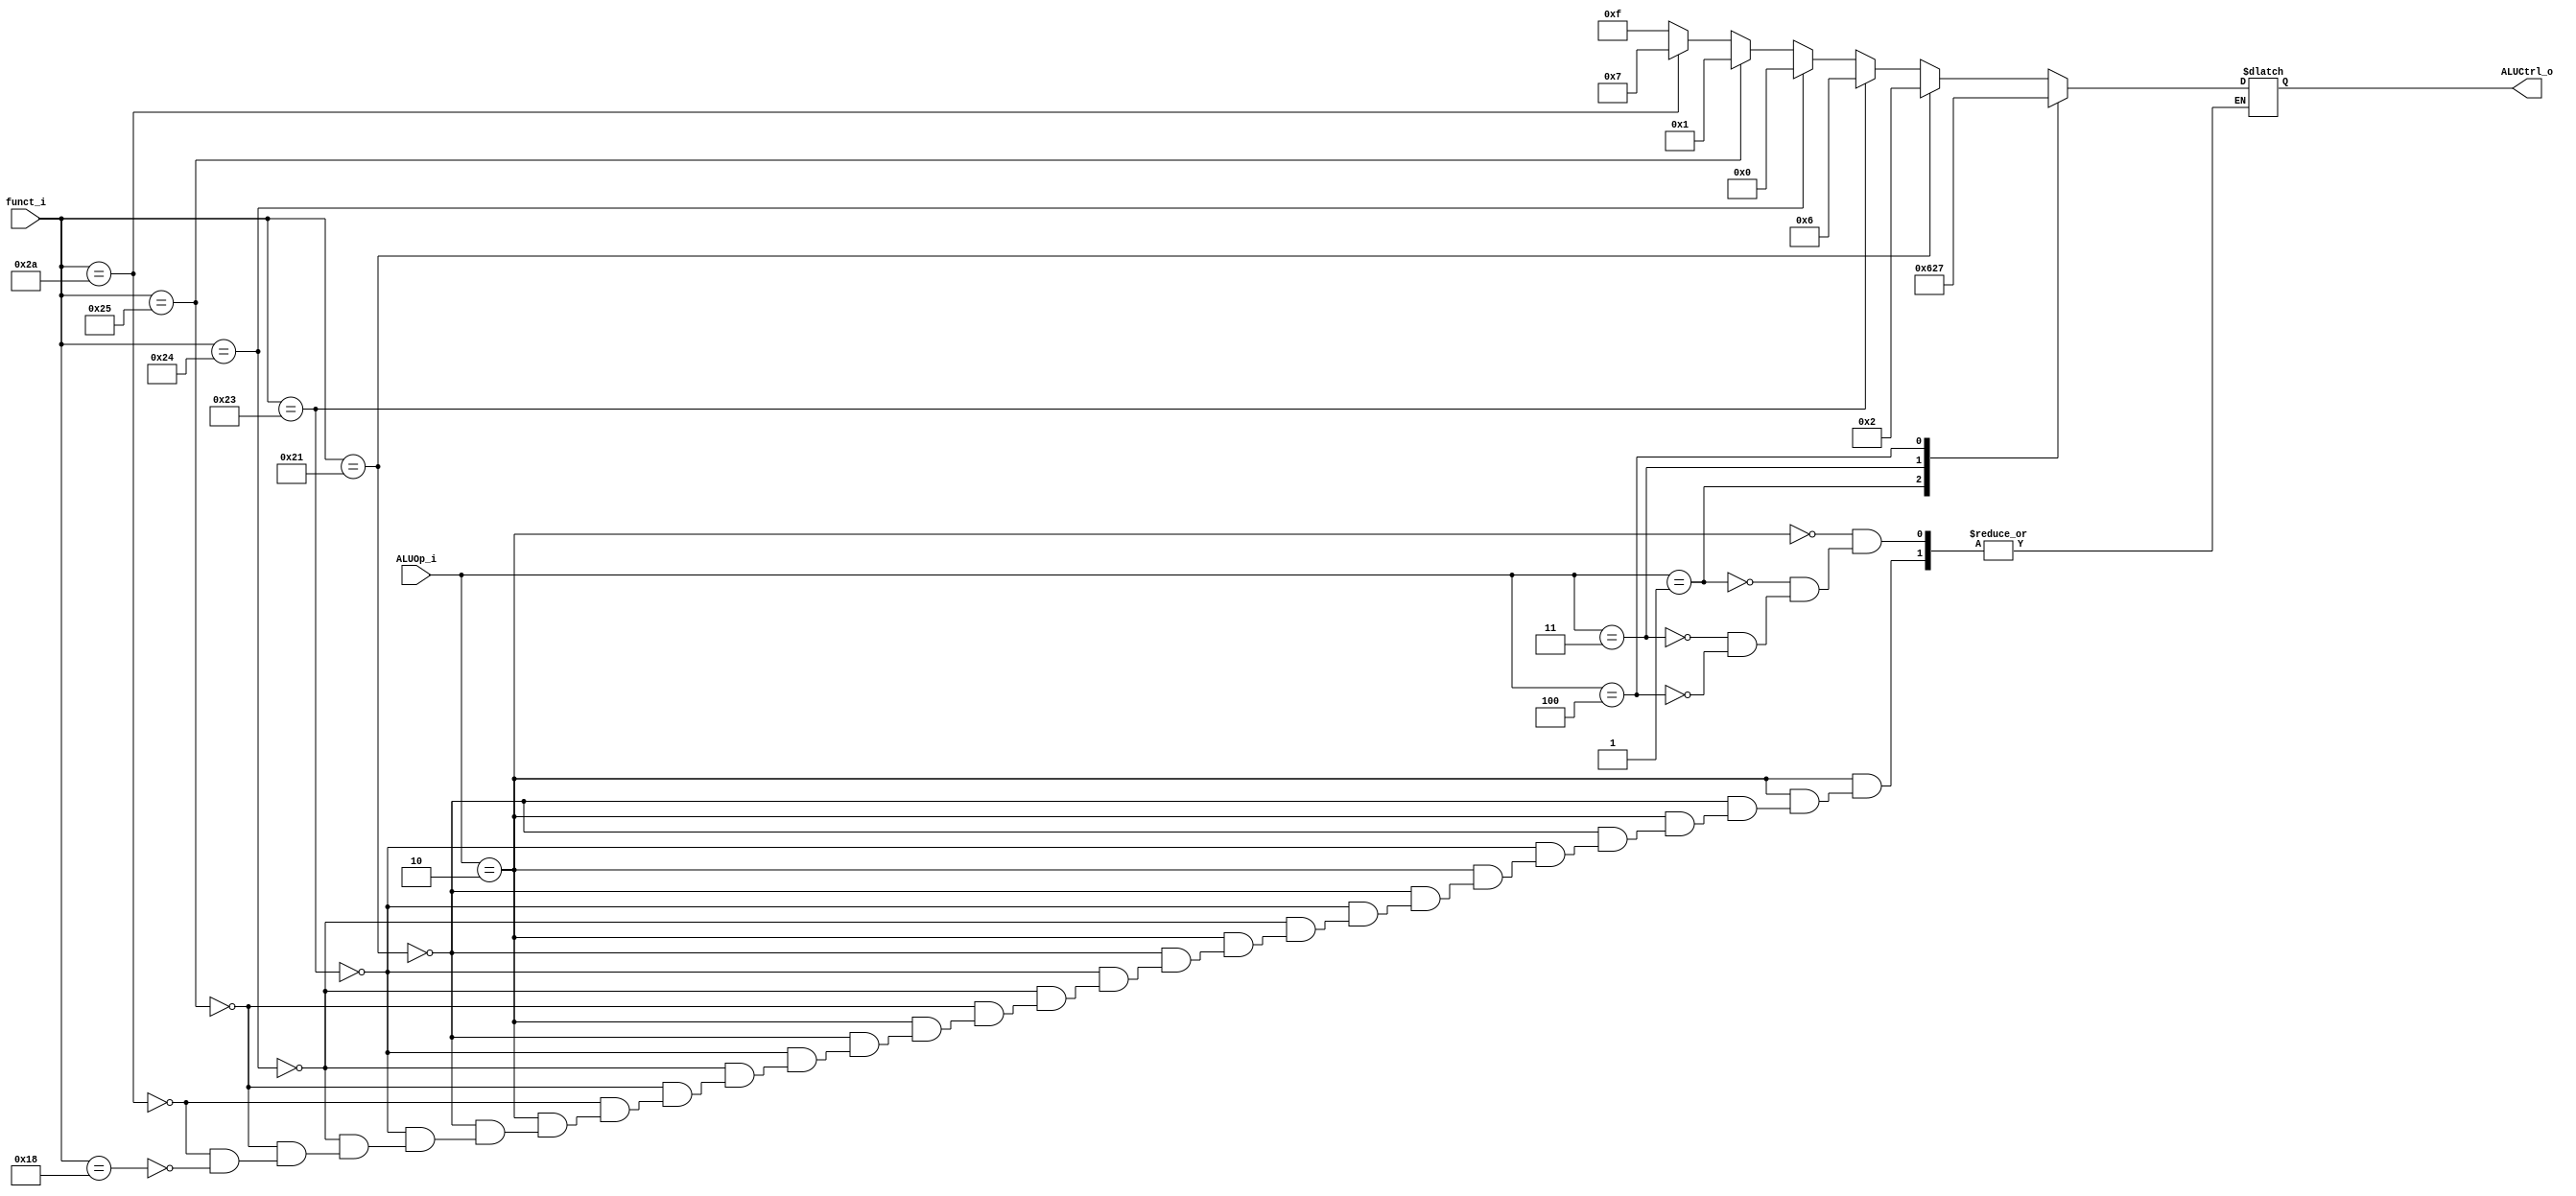
//             Alden Rivera 0416329
//             Jorge Pineda 0416330
//Subject:     CO project 2 - ALU Controller
//--------------------------------------------------------------------------------
//Version:     1
//--------------------------------------------------------------------------------
//Writer:      
//----------------------------------------------
//Date:        
//----------------------------------------------
//Description: 
//--------------------------------------------------------------------------------

module ALU_Ctrl(
          funct_i,
          ALUOp_i,
          ALUCtrl_o
          );
          
//I/O ports 
input      [6-1:0] funct_i;
input      [3-1:0] ALUOp_i;

output     [4-1:0] ALUCtrl_o;    
     
//Internal Signals
reg        [4-1:0] ALUCtrl_o;

//Parameter

       
//Select exact operation
always@(*)
begin
    case(ALUOp_i)
        3'b010: 
        begin
            if(funct_i == 6'b100001) ALUCtrl_o = 4'b0010; //add
            else if(funct_i == 6'b100011) ALUCtrl_o = 4'b0110;//sub
            else if(funct_i == 6'b100100) ALUCtrl_o = 4'b0000;//AND
            else if(funct_i == 6'b100101) ALUCtrl_o = 4'b0001;//OR
            else if(funct_i == 6'b101010) ALUCtrl_o = 4'b0111;//SLT
            else if(funct_i == 6'b011000) ALUCtrl_o = 4'b1111;//MUL
         end
         3'b001://beq
            ALUCtrl_o = 4'b0110;
         3'b011:
            ALUCtrl_o = 4'b0010;
         3'b100:
            ALUCtrl_o = 4'b0111;
     endcase
end
endmodule